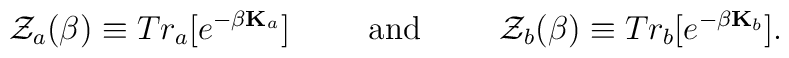
{\cal Z}_a(\beta)\equiv Tr_a[e^{-\beta{\bf K}_a}]\hspace{1cm}  {\rm and} \hspace{1cm}{\cal Z}_b(\beta)\equiv Tr_b[e^{-\beta{\bf K}_b}].